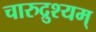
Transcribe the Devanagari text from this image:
चारुद्रुश्यम्